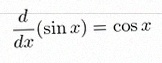
\frac{d}{dx}(\sin x)=\cos x